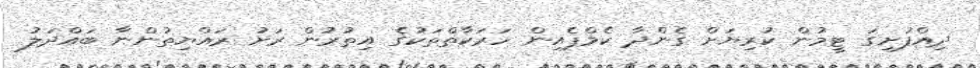
ދިއްފުށިގަ ޓީމުން ކުރިޔަށް ގެންދާ ކެމްޕެއިން ހަރަކާތްތަކުގެ އިތުރުން ރަށު ރައްޔިތުންނާ ބައްދަލު